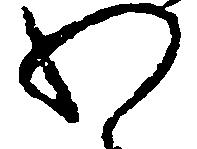
わ